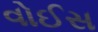
વોઈસ